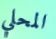
المحلي